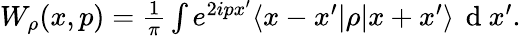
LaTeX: \begin{array}{r}{W_{\rho}(x,p)=\frac{1}{\pi}\int e^{2ipx^{\prime}}\langle x-x^{\prime}|\rho|x+x^{\prime}\rangle\, \mathrm{~d~}x^{\prime}.}\end{array}